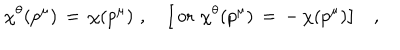
LaTeX: \chi ^ { \theta } ( p ^ { \mu } ) \, = \, \chi ( p ^ { \mu } ) \, \, , \quad \big [ \, \mathrm { o r } \, \, \chi ^ { \theta } ( p ^ { \mu } ) \, = \, - \, \chi ( p ^ { \mu } ) \big ] \quad ,